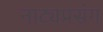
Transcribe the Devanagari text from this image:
नाट्यप्रसंग